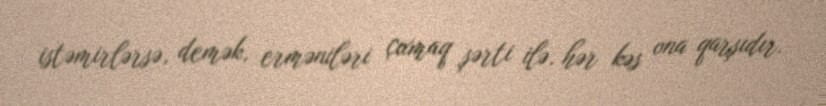
istəmirlərsə, demək, erməniləri çıxmaq şərti ilə, hər kəs ona qarşıdır.